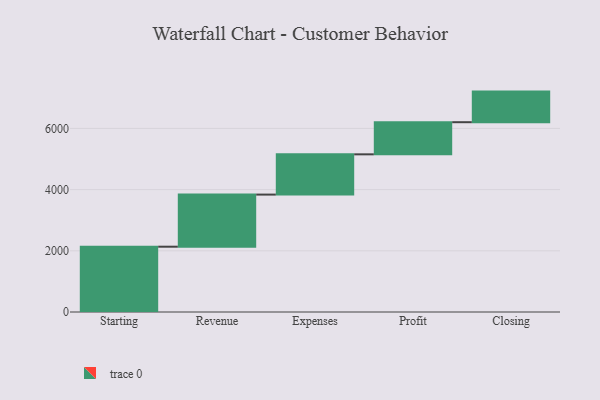
{"axis": {"x": "Step", "y": "Value"}, "legend": [""], "data": [{"x": "Starting", "y": 2134.0, "type": ""}, {"x": "Revenue", "y": 1703.0, "type": ""}, {"x": "Expenses", "y": 1316.0, "type": ""}, {"x": "Profit", "y": 1050.0, "type": ""}, {"x": "Closing", "y": 1000, "type": ""}]}